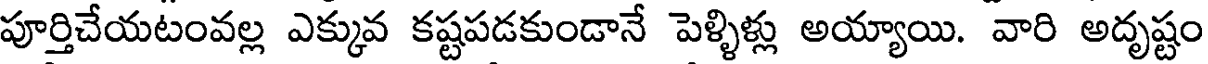
పూర్తిచేయటంవల్ల ఎక్కువ కష్టపడకుండానే పెళ్ళిళ్లు అయ్యాయి. వారి అదృష్టం